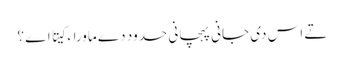
تے اس د‏ی جانی پہچانی حدود دے ماوراء کیتا اے ؟